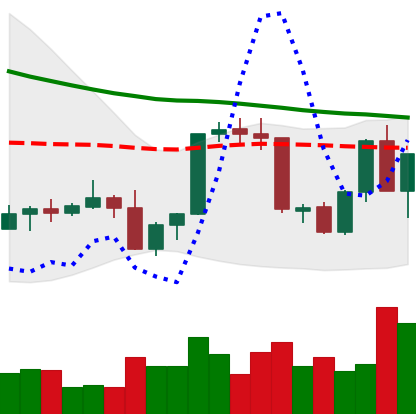
Ticker: XLM-USD
Chart end date: 2022-09-19
Forward return: 5.674%
Label: up_5_7